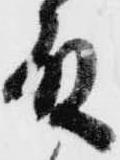
殿